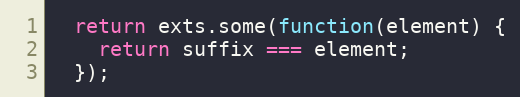
Language: JavaScript
  return exts.some(function(element) {
    return suffix === element;
  });